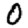
Digit: 0